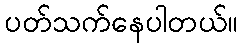
ပတ်သက်နေပါတယ်။